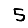
Digit: 5